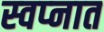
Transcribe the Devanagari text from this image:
स्‍वप्‍नात